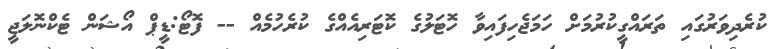
ކުރެދިވަރުގައި ތަރައްގީކުރުމަށް ހަމަޖެހިފައިވާ ހޮޓަލުގެ ކޮޓަރިއެއްގެ ކުރެހުމެއް -- ފޮޓޯ:ޑީޕް އޯޝަން ޓެކްނޮލަޖީ